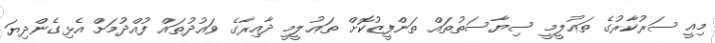
މިއީ ސަރުކާރުގެ ތަޢުލީމީ ސިޔާސަތުތައް ތަންފީޒުކޮށް ތަޢުލީމީ ދާއިރާގެ ވައުދުތައް ފުއްދުމަށް އެޅިގެންދިޔަ